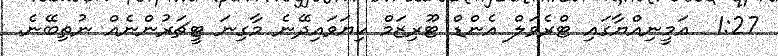
1:27  އަމީނިއްޔާގައި ޓްރެވަލް އެންޑް ޓޫރިޒަމް ކިޔަވައިދޭނެ މާގިނަ ޓީޗަރުންނެއް ނުތިބޭނެ.